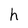
Character: h